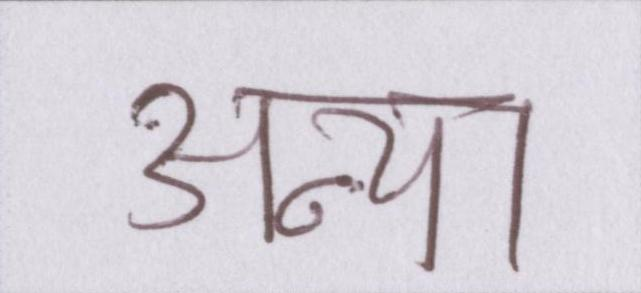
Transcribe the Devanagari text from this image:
अन्या